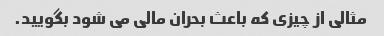
مثالی از چیزی که باعث بحران مالی می شود بگویید.